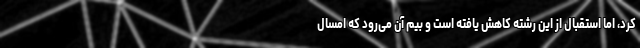
کرد، اما استقبال از این رشته کاهش یافته است و بیم آن می‌رود که امسال